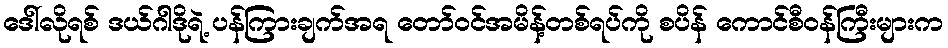
ဒေါ်လိုရစ် ဒယ်ဂါဒိုရဲ့ ပန်ကြားချက်အရ တော်ဝင်အမိန့်တစ်ရပ်ကို စပိန် ကောင်စီဝန်ကြီးများက